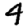
Digit: 4